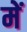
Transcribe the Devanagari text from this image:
में